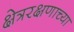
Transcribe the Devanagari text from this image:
क्षेत्ररक्षणाच्या